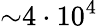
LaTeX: {\sim}4\cdot 10^{4}